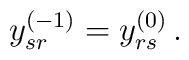
y^{(-1)}_{sr} = y^{(0)}_{rs}\,.